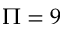
\Pi = 9